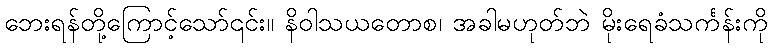
ဘေးရန်တို့ကြောင့်သော်၎င်း။ နိဝါသယတောစ၊ အခါမဟုတ်ဘဲ မိုးရေခံသင်္ကန်းကို